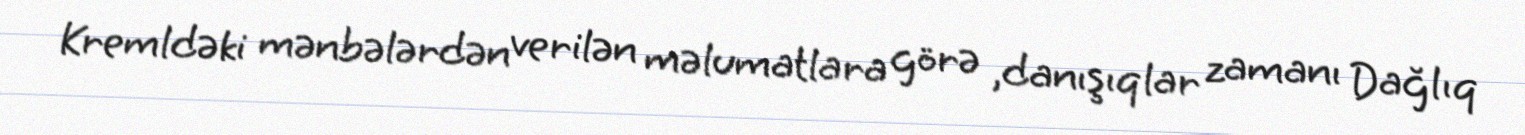
Kremldəki mənbələrdən verilən məlumatlara görə ,danışıqlar zamanı Dağlıq